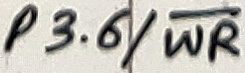
Text: P3.6/WR